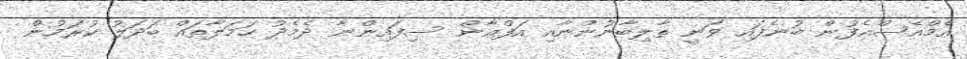
އެމްއެސްއެފުން ބުނެފައި ވަނީ ތާލިބާނުންނާއި އަފްޣާން ސިފައިންނާ ދެމެދު ހަމަލާތައް ބަދަލު ކުރަމުން